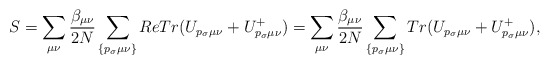
\begin{align*}S=\sum\limits_{\mu\nu}\frac{\beta_{\mu\nu}}{2N}\sum\limits_{\{p_{\sigma}\mu\nu\}} ReTr(U_{p_{\sigma}\mu\nu}+U^{+}_{p_{\sigma}\mu\nu})=\sum\limits_{\mu\nu}\frac{\beta_{\mu\nu}}{2N}\sum\limits_{\{p_{\sigma}\mu\nu\}} Tr(U_{p_{\sigma}\mu\nu}+U^{+}_{p_{\sigma}\mu\nu}),\end{align*}